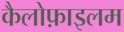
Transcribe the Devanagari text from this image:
कैलोफ़ाइलम